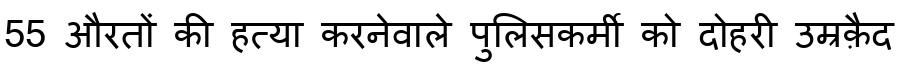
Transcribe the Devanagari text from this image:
55 औरतों की हत्या करनेवाले पुलिसकर्मी को दोहरी उम्रक़ैद